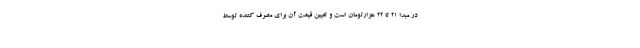
در مبدا ۲۱ تا ۲۲ هزارتومان است و تعیین قیمت آن برای مصرف کننده توسط